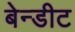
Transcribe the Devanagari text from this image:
बेन्डीट